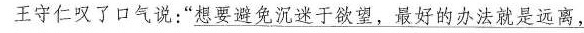
王守仁叹了口气说：\underline{”想要避免沉迷于欲望，最好的办法就是远离，